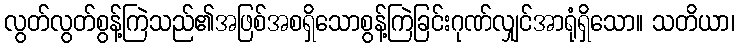
လွတ်လွတ်စွန့်ကြဲသည်၏အဖြစ်အစရှိသောစွန့်ကြဲခြင်းဂုဏ်လျှင်အာရုံရှိသော။ သတိယာ၊